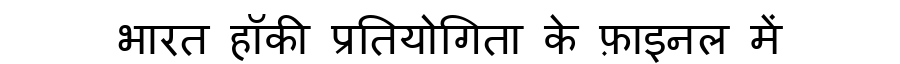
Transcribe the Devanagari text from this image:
भारत हॉकी प्रतियोगिता के फ़ाइनल में